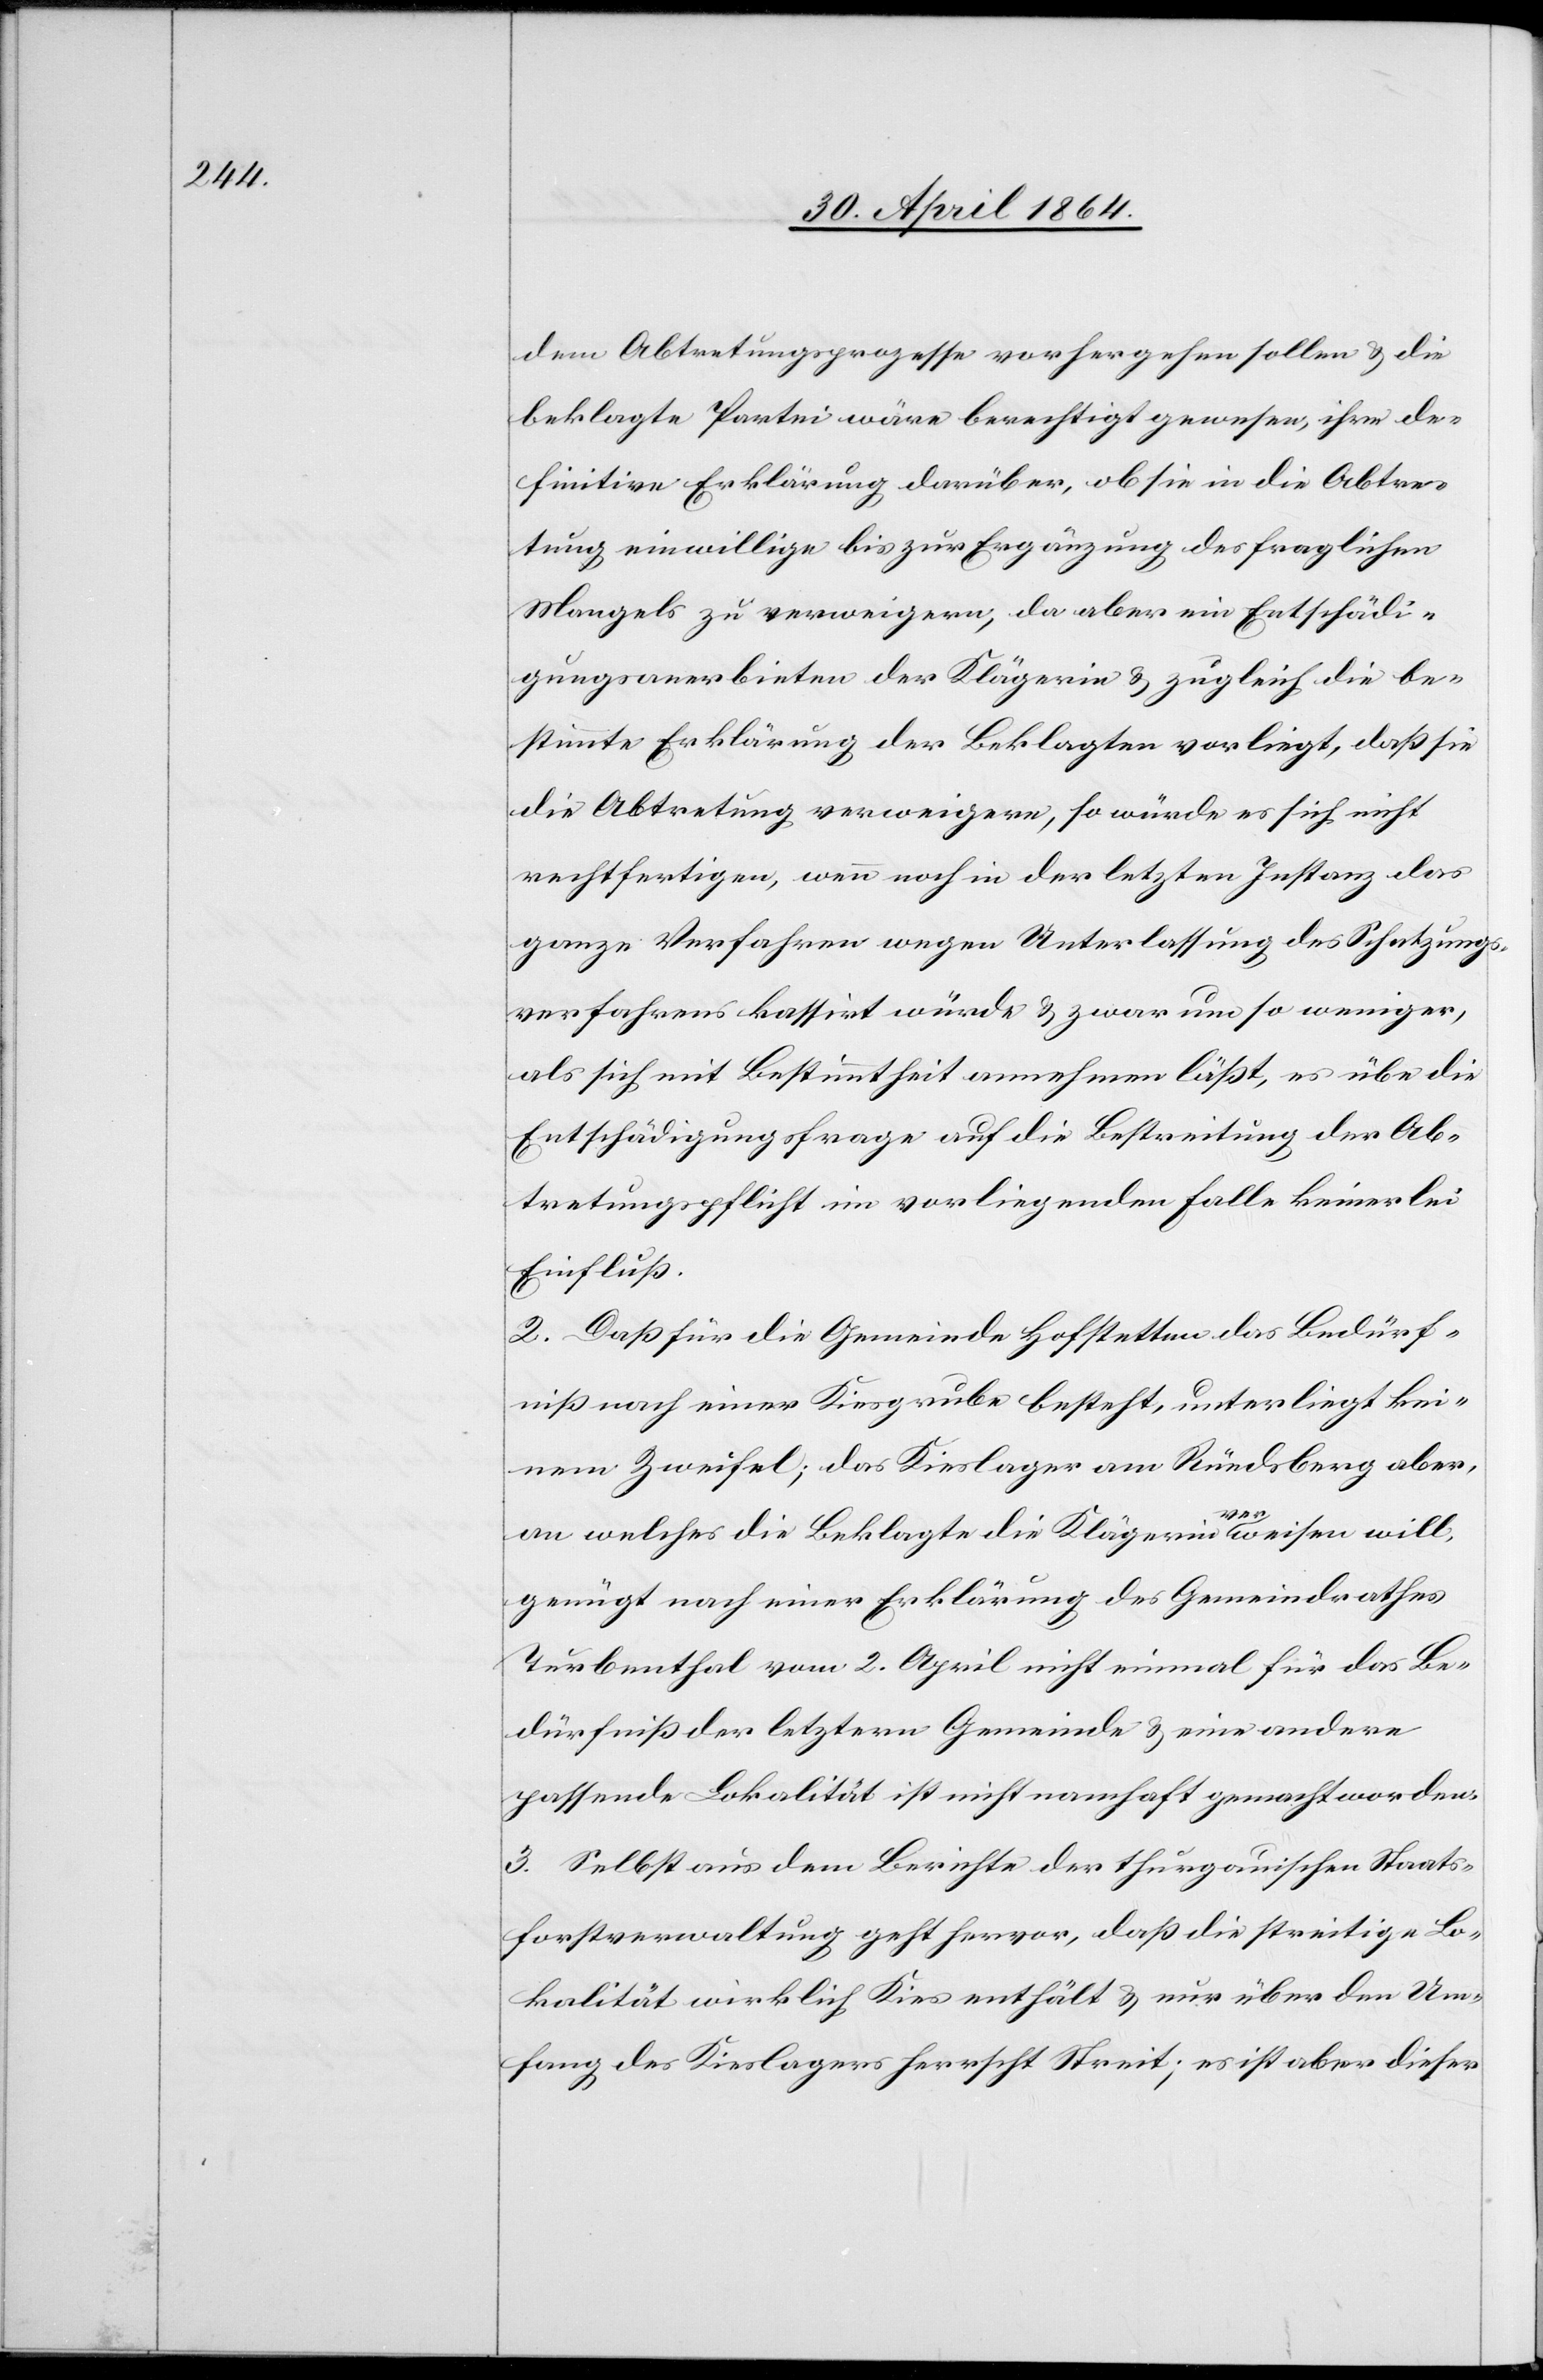
dem Abtretungsprozesse vorhergehen sollen u. die
beklagte Partei wäre berechtigt gewesen, ihre de¬
finitive Erklärung darüber, ob sie in die Abtre¬
tung einwillige bis zur Ergänzung des fraglichen
Mangels zu verweigern, da aber ein Entschädi¬
gungsanerbieten der Klägerin u. zugleich die be¬
stimmte Erklärung der Beklagten vorliegt, daß sie
die Abtretung verweigern, so würde es sich nicht
rechtfertigen, wenn noch in der letzten Instanz das
ganze Verfahren wegen Unterlassung des Schatzungs¬
verfahrens kassirt würde u. zwar um so weniger,
als sich mit Bestimmtheit annehmen läßt, es übe die
Entschädigungsfrage auf die Bestreitung der Ab¬
tretungspflicht im vorliegenden Falle keinerlei
Einfluß.
2. Daß für die Gemeinde Hofstetten das Bedürf¬
niß nach einer Kiesgrube besteht, unterliegt kei¬
nem Zweifel; das Kieslager am Rüedsberg aber,
an welches die Beklagte die Klägerin verweisen will,
genügt nach einer Erklärung des Gemeindrathes
Turbenthal vom 2. April nicht einmal für das Be¬
dürfniß der letztern Gemeinde u. eine andere
passende Lokalität ist nicht namhaft gemacht worden.
3. Selbst aus dem Berichte der thurgauischen Staats¬
forstverwaltung geht hervor, daß die streitige Lo¬
kalität wirklich Kies enthält u. nur über den Um¬
fang des Kieslagers herrscht Streit; es ist aber dieser